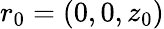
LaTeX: r_{0}=(0,0,z_{0})